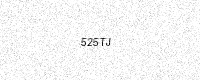
Text: 525TJ